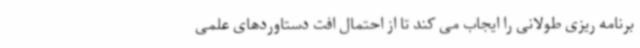
برنامه ریزی طولانی را ایجاب می کند تا از احتمال افت دستاوردهای علمی